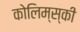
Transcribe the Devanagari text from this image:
कोलिम्स्की